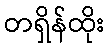
တရှိန်ထိုး